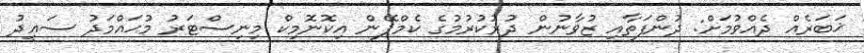
ޚަބަރެއް ދެއްވުމަށް: ދުންފަތާއި ޒުވާނުން ދުރުކުރުމުގެ ކެމްޕޭން އިކޮނޮމިކް މިނިސްޓަރު މުޙައްމަދު ސަޢީދު